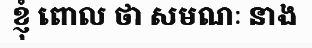
ខ្ញុំ ពោល ថា សមណៈ នាង